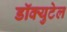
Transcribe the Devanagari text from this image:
डॉक्युटेल